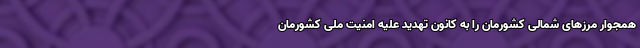
همجوار مرزهای شمالی کشورمان را به کانون تهدید علیه امنیت ملی کشورمان